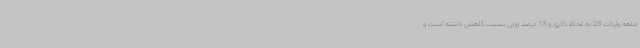
ماهه واردات 23 به لحاظ دلاری و 13 درصد وزنی نسبت کاهش داشته است و